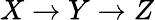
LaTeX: X\rightarrow Y\rightarrow Z